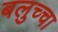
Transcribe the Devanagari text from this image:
बलुच्चा